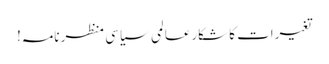
تغیرات کا شکارعالمی سیاسی منظرنامہ!